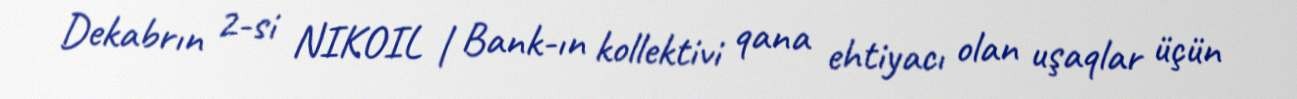
Dekabrın 2-si NIKOIL | Bank-ın kollektivi qana ehtiyacı olan uşaqlar üçün